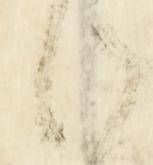
御